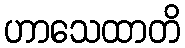
ဟာသေထာတိ